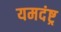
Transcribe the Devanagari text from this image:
यमदंष्ट्र